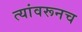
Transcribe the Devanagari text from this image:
त्यांवरूनच